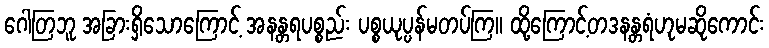
ဂေါတြဘူ အခြားရှိသောကြောင့် အနန္တရပစ္စည်း ပစ္စယုပ္ပန်မတပ်ကြ။ ထို့ကြောင့်တဒနန္တရံဟုမဆိုကောင်း